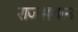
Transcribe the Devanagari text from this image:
राजसथान